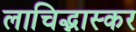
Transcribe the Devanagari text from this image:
लाचिद्भास्कर